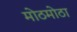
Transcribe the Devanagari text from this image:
मोठमोठा